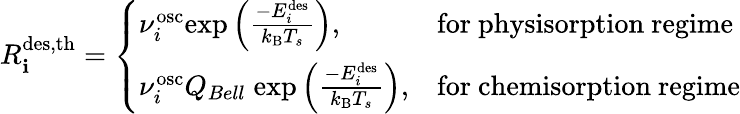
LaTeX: R_{\mathbf{i}}^{\mathrm{{{des,th}}}}=\left\{ \begin{array}{ll}{\nu_{i}^{\mathrm{osc}}\mathrm{exp}\left(\frac{-E_{i}^{\mathrm{{des}}}}{k_{\mathrm{B}}T_{s}}\right),}&{\mathrm{for~physisorption~regime}}\\ {\nu_{i}^{\mathrm{{osc}}}Q_{Bell}\; \mathrm{exp}\left(\frac{-E_{i}^{\mathrm{des}}}{k_{\mathrm{{B}}}T_{s}}\right),}&{\mathrm{for~chemisorption~regime}}\end{array}\right.